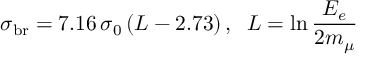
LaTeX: \sigma _ { \mathrm { b r } } = 7 . 1 6 \, \sigma _ { 0 } \, ( L - 2 . 7 3 ) \, , \; \; L = \ln { \frac { E _ { e } } { 2 m _ { \mu } } }